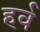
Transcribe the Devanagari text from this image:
हर्व